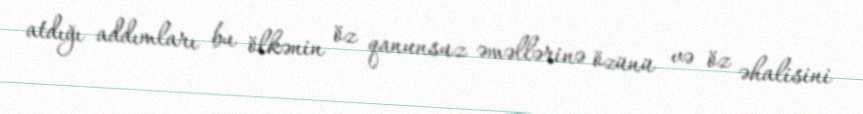
atdığı addımları bu ölkənin öz qanunsuz əməllərinə özünü və öz əhalisini